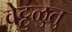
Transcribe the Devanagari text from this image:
वेट्टुळुतु